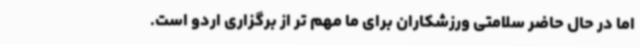
اما در حال حاضر سلامتی ورزشکاران برای ما مهم تر از برگزاری اردو است.